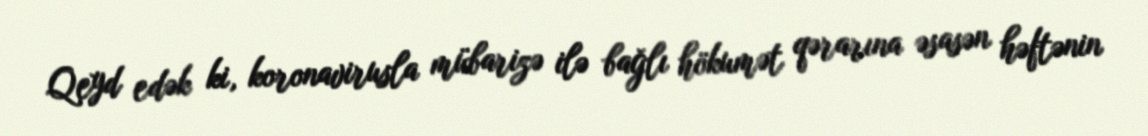
Qeyd edək ki, koronavirusla mübarizə ilə bağlı hökumət qərarına əsasən həftənin